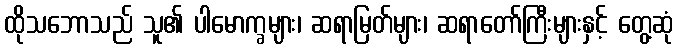
ထိုသဘောသည် သူ၏ ပါမောက္ခများ၊ ဆရာမြတ်များ၊ ဆရာတော်ကြီးများနှင့် တွေ့ဆုံ